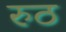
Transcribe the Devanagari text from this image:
रुठ